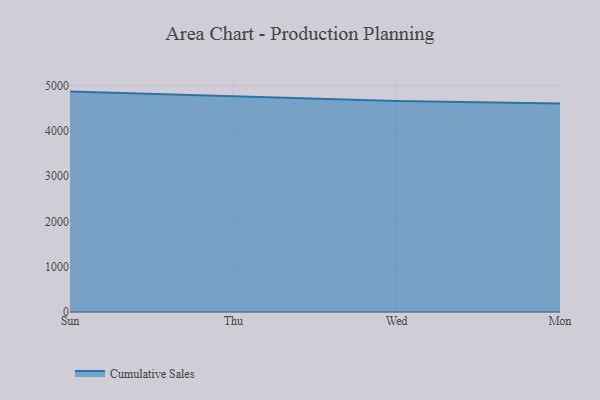
{"axis": {"x": "Day", "y": "Active Users"}, "legend": ["Cumulative Sales"], "data": [{"x": "Sun", "y": 4863.6, "type": "Cumulative Sales"}, {"x": "Thu", "y": 4765.7, "type": "Cumulative Sales"}, {"x": "Wed", "y": 4658.0, "type": "Cumulative Sales"}, {"x": "Mon", "y": 4603.2, "type": "Cumulative Sales"}]}